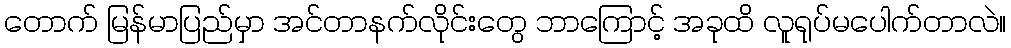
တောက် မြန်မာပြည်မှာ အင်တာနက်လိုင်းတွေ ဘာကြောင့် အခုထိ လူရုပ်မပေါက်တာလဲ။